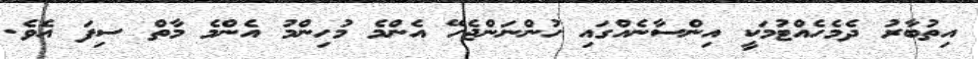
އިތުބާރު ދެމެހެއްޓުމަކީ އިންސާނެއްގައި ހުންނަންޖެހޭ އެންމެ މުހިންމު އެންމެ މާތް ސިފަ އެވެ.